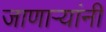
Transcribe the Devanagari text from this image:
जाणार्‍यांनी